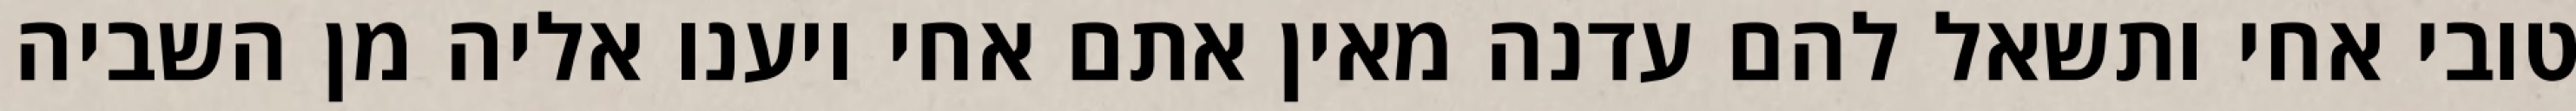
טובי אחי ותשאל להם עדנה מאין אתם אחי ויענו אליה מן השביה